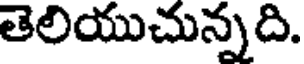
తెలియుచున్నది.